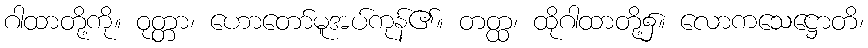
ဂါထာတို့ကို။ ဝုတ္တာ၊ ဟောတော်မူအပ်ကုန်၏။ တတ္ထ၊ ထိုဂါထာတို့၌။ လောကသေဋ္ဌောတိ၊